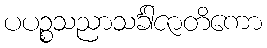
ပပဉ္စသညာသင်္ခါဇာတိကော